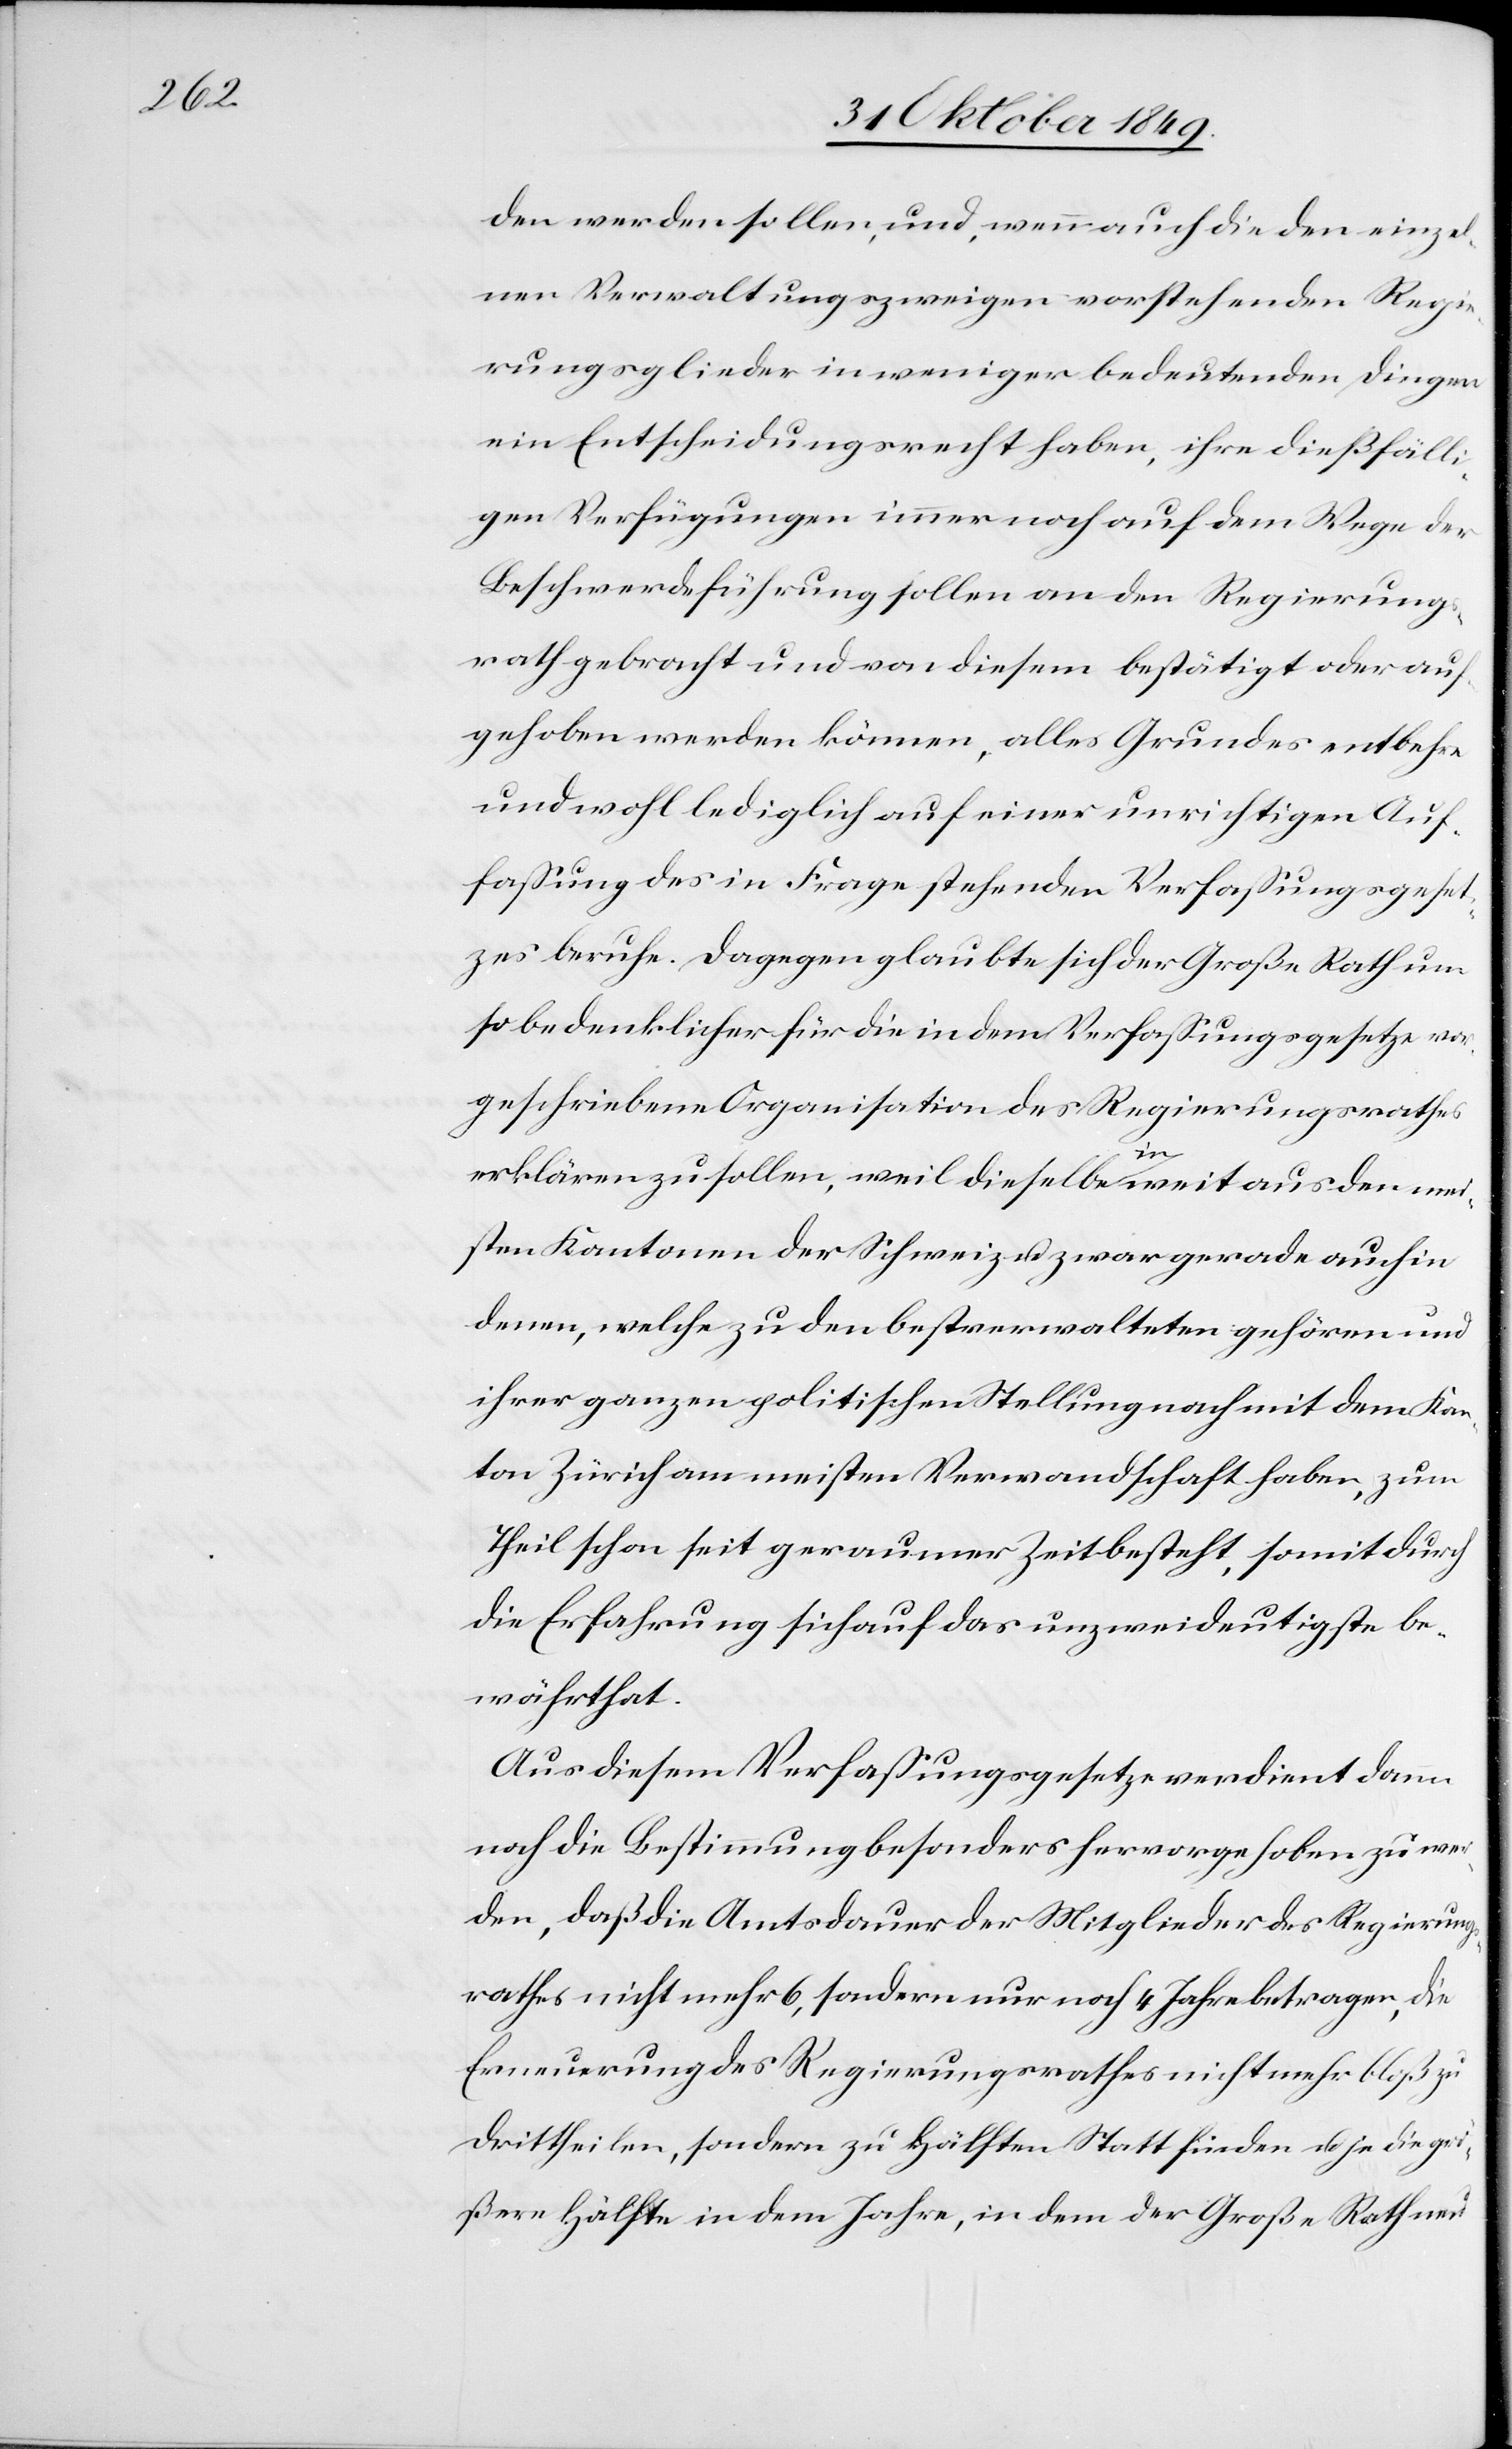
den werden sollen, und, wenn auch die den einzel¬
nen Verwaltungszweigen vorstehenden Regie¬
rungsglieder in weniger bedeutenden Dingen
ein Entscheidungsrecht haben, ihre dießfälli¬
gen Verfügungen immer noch auf dem Wege der
Beschwerdeführung sollen an den Regierungs¬
rath gebracht und von diesem bestätigt oder auf¬
geschoben werden können, alles Grundes entbehre
und wohl lediglich auf einer unrichtigen Auf¬
faßung des in Frage stehenden Verfaßungsgeset¬
zes beruhe. Dagegen glaubte sich der Große Rath um
so bedenklicher für die in dem Verfaßungsgesetze vor¬
geschriebene Organisation des Regierungsrathes
erklären zu sollen, weil dieselbe in weit aus den mei¬
sten Kantonen der Schweiz zwar gerade auch in
denen, welche zu den bestverwalteten gehören und
ihrer ganzen politischen Stellung nach dem Kan¬
ton Zürich am meisten Verwandschaft haben, zum
Theil schon seit geraumer Zeit besteht, soweit durch
die Erfahrung sich auf das unzweideutigste be¬
währt hat.
Aus diesem Verfaßungsgesetze verdient dann
noch die Bestimmung besonders hervorgehoben zu wer¬
den, daß die Amtsdauer der Mitglieder des Regierungs¬
rathes nicht mehr 6, sondern nur noch 4 Jahre betragen, die
Erneuerung des Regierungsrathes nicht mehr bloß zu
drittheilen, sondern zu Hälften Statt finden u. je die grö¬
ßere Hälfte in dem Jahre, in dem der Großen Rath neu